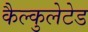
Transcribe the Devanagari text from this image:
कैल्कुलेटेड